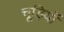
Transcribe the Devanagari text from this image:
चूड़ियॉ